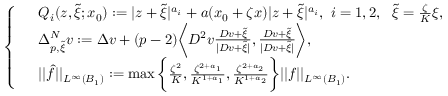
\left\{ \begin{array} { r l } & { Q _ { i } ( z , \widetilde { \xi } ; x _ { 0 } ) : = | z + \widetilde { \xi } | ^ { a _ { i } } + a ( x _ { 0 } + \zeta x ) | z + \widetilde { \xi } | ^ { a _ { i } } , \ i = 1 , 2 , \ \ \widetilde { \xi } = \frac { \zeta } { K } \xi , } \\ & { \Delta _ { p , \widetilde { \xi } } ^ { N } v : = \Delta v + ( p - 2 ) \bigg \langle D ^ { 2 } v \frac { D v + \widetilde { \xi } } { | D v + \widetilde { \xi } | } , \frac { D v + \widetilde { \xi } } { | D v + \widetilde { \xi } | } \bigg \rangle , } \\ & { | | \widehat { f } | | _ { L ^ { \infty } ( B _ { 1 } ) } : = \operatorname* { m a x } \bigg \{ \frac { \zeta ^ { 2 } } { K } , \frac { \zeta ^ { 2 + a _ { 1 } } } { K ^ { 1 + a _ { 1 } } } , \frac { \zeta ^ { 2 + a _ { 2 } } } { K ^ { 1 + a _ { 2 } } } \bigg \} | | f | | _ { L ^ { \infty } ( B _ { 1 } ) } . } \end{array} \right.